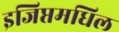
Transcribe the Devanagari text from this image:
इजिप्तमधिल